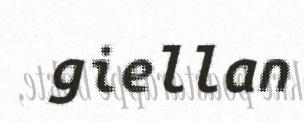
giellan